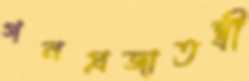
গনপ্রজাতন্ত্রী